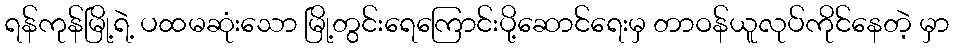
ရန်ကုန်မြို့ရဲ့ ပထမဆုံးသော မြို့တွင်းရေကြောင်းပို့ဆောင်ရေးမှ တာဝန်ယူလုပ်ကိုင်နေတဲ့ မှာ